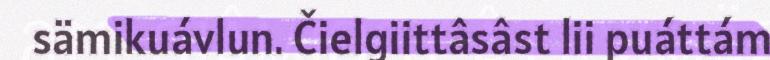
sämikuávlun. Čielgiittâsâst lii puáttám